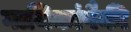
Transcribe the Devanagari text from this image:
गायिकांपैकी